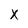
Character: X